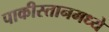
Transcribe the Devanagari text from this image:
पाकीस्तानमध्ये